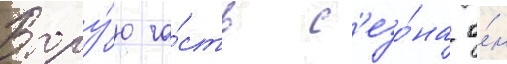
Втору́ю ча́сть с'езо́на о́н